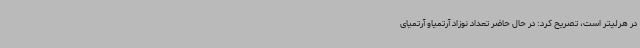
در هرلیتر است، تصریح کرد: در حال حاضر تعداد نوزاد آرتمیاو آرتمیای